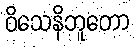
ဝိသေနိဘူတော